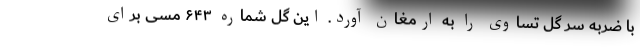
با ضربه سر گل تساوی را به ارمغان آورد. این گل شماره ۶۴۳ مسی برای